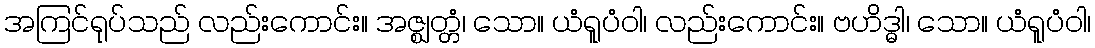
အကြင်ရုပ်သည် လည်းကောင်း။ အဇ္ဈတ္တံ၊ သော။ ယံရူပံဝါ၊ လည်းကောင်း။ ဗဟိဒ္ဓါ၊ သော။ ယံရူပံဝါ၊